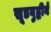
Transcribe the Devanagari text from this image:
सूडबुद्धीने